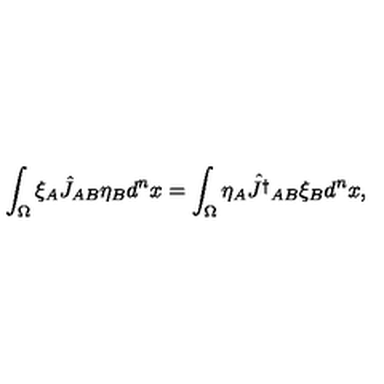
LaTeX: \int _ { \Omega } \xi _ { A } \hat { J } _ { A B } \eta _ { B } d ^ { n } x = \int _ { \Omega } \eta _ { A } \hat { J ^ { \dagger } } _ { A B } \xi _ { B } d ^ { n } x ,